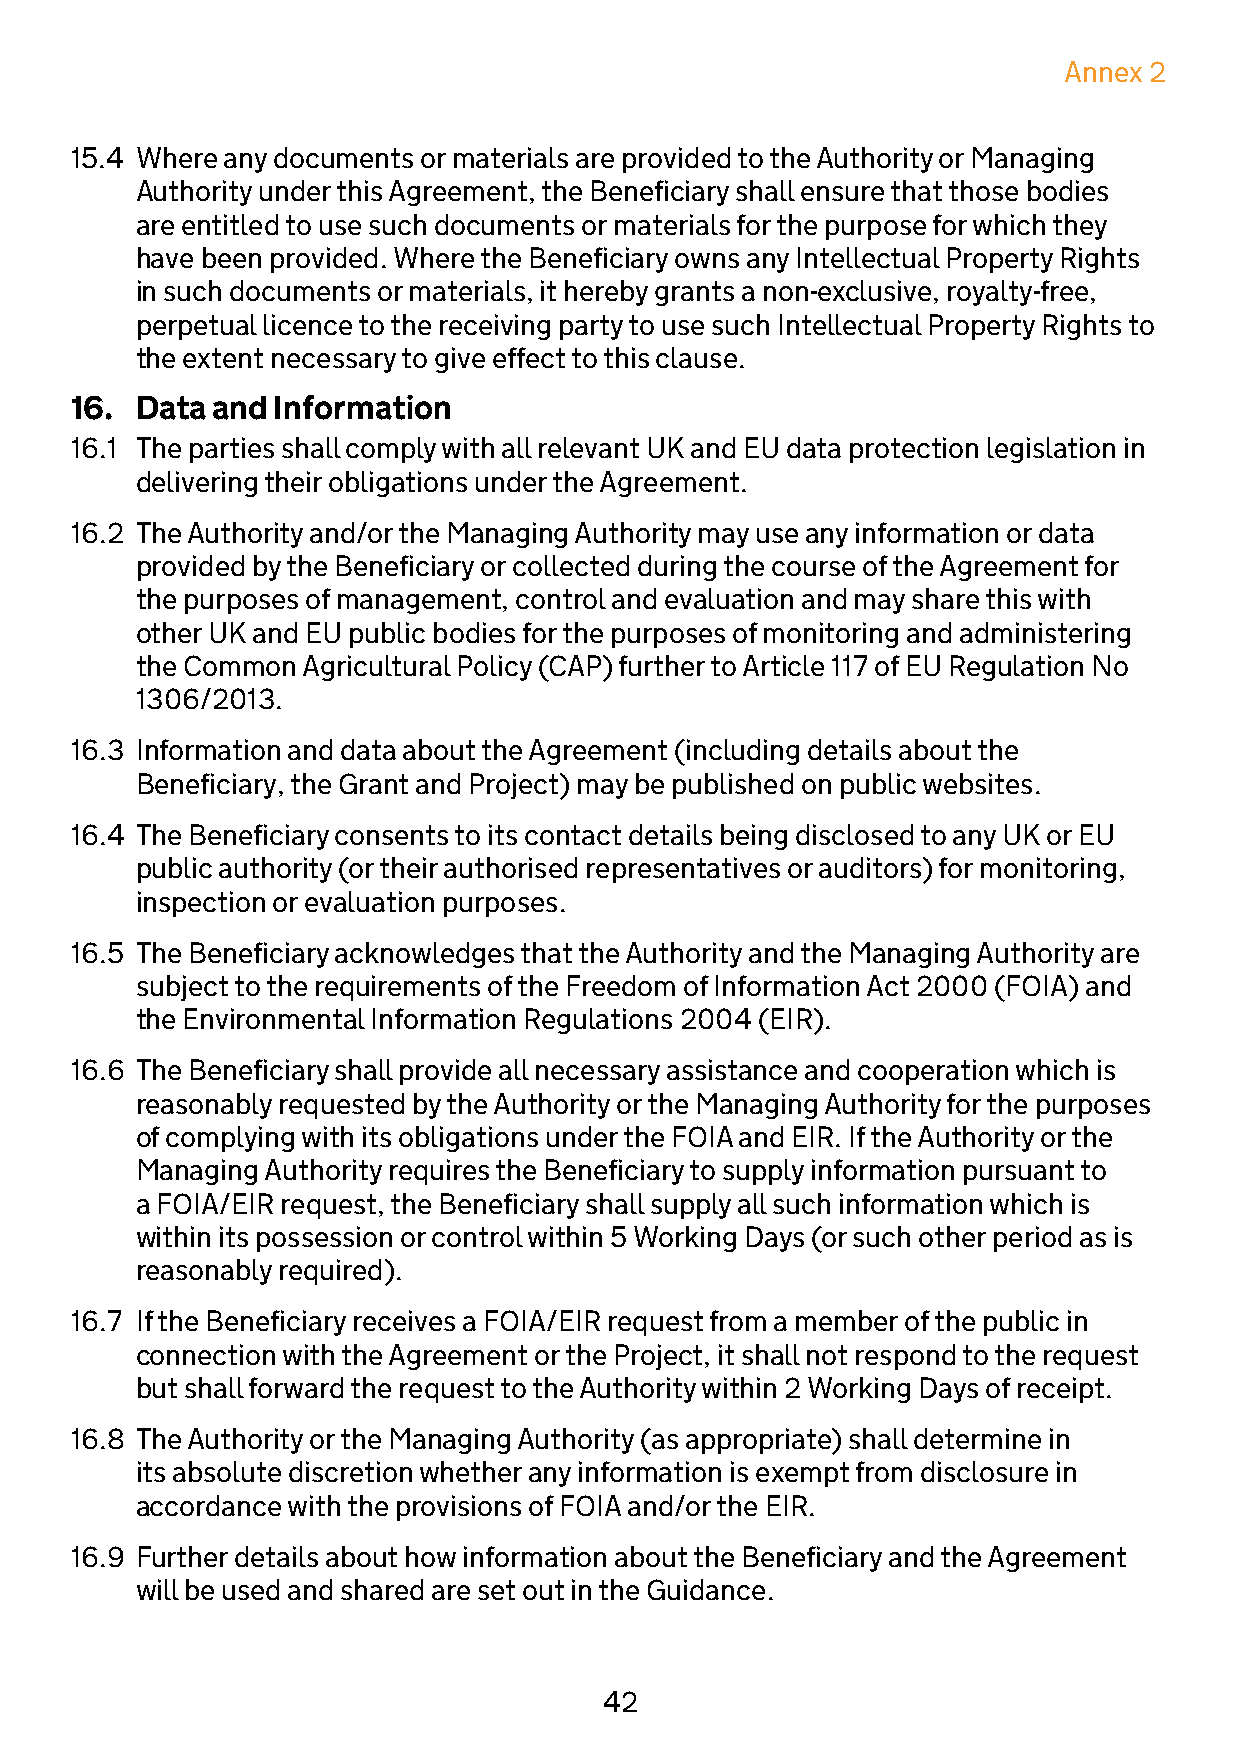
Annex 2
 15.4 Where any documents or materials are provided to the Authority or Managing
 Authority under this Agreement, the Beneficiary shall ensure that those bodies
 are entitled to use such documents or materials for the purpose for which they
 have been provided. Where the Beneficiary owns any Intellectual Property Rights
 in such documents or materials, it hereby grants a non-exclusive, royalty-free,
 perpetual licence to the receiving party to use such Intellectual Property Rights to
 the extent necessary to give effect to this clause.
 16. Data and Information
 16.1 The parties shall comply with all relevant UK and EU data protection legislation in
 delivering their obligations under the Agreement.
 16.2 The Authority and/or the Managing Authority may use any information or data
 provided by the Beneficiary or collected during the course of the Agreement for
 the purposes of management, control and evaluation and may share this with
 other UK and EU public bodies for the purposes of monitoring and administering
 the Common Agricultural Policy (CAP) further to Article 117 of EU Regulation No
 1306/2013.
 16.3 Information and data about the Agreement (including details about the
 Beneficiary, the Grant and Project) may be published on public websites.
 16.4 The Beneficiary consents to its contact details being disclosed to any UK or EU
 public authority (or their authorised representatives or auditors) for monitoring,
 inspection or evaluation purposes.
 16.5 The Beneficiary acknowledges that the Authority and the Managing Authority are
 subject to the requirements of the Freedom of Information Act 2000 (FOIA) and
 the Environmental Information Regulations 2004 (EIR).
 16.6 The Beneficiary shall provide all necessary assistance and cooperation which is
 reasonably requested by the Authority or the Managing Authority for the purposes
 of complying with its obligations under the FOIA and EIR. If the Authority or the
 Managing Authority requires the Beneficiary to supply information pursuant to
 a FOIA/EIR request, the Beneficiary shall supply all such information which is
 within its possession or control within 5 Working Days (or such other period as is
 reasonably required).
 16.7 If the Beneficiary receives a FOIA/EIR request from a member of the public in
 connection with the Agreement or the Project, it shall not respond to the request
 but shall forward the request to the Authority within 2 Working Days of receipt.
 16.8 The Authority or the Managing Authority (as appropriate) shall determine in
 its absolute discretion whether any information is exempt from disclosure in
 accordance with the provisions of FOIA and/or the EIR.
 16.9 Further details about how information about the Beneficiary and the Agreement
 will be used and shared are set out in the Guidance.
 42